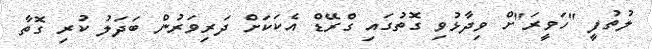
ލުތުފީ "ހަވީރަ"ށް ވިދާޅުވި ގޮތުގައި ގްރޭޑް އެކަކަށް ދަރިވަރުން ބަދަލު ކުރި ގޮތާ